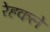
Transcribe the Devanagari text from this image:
रेहकले